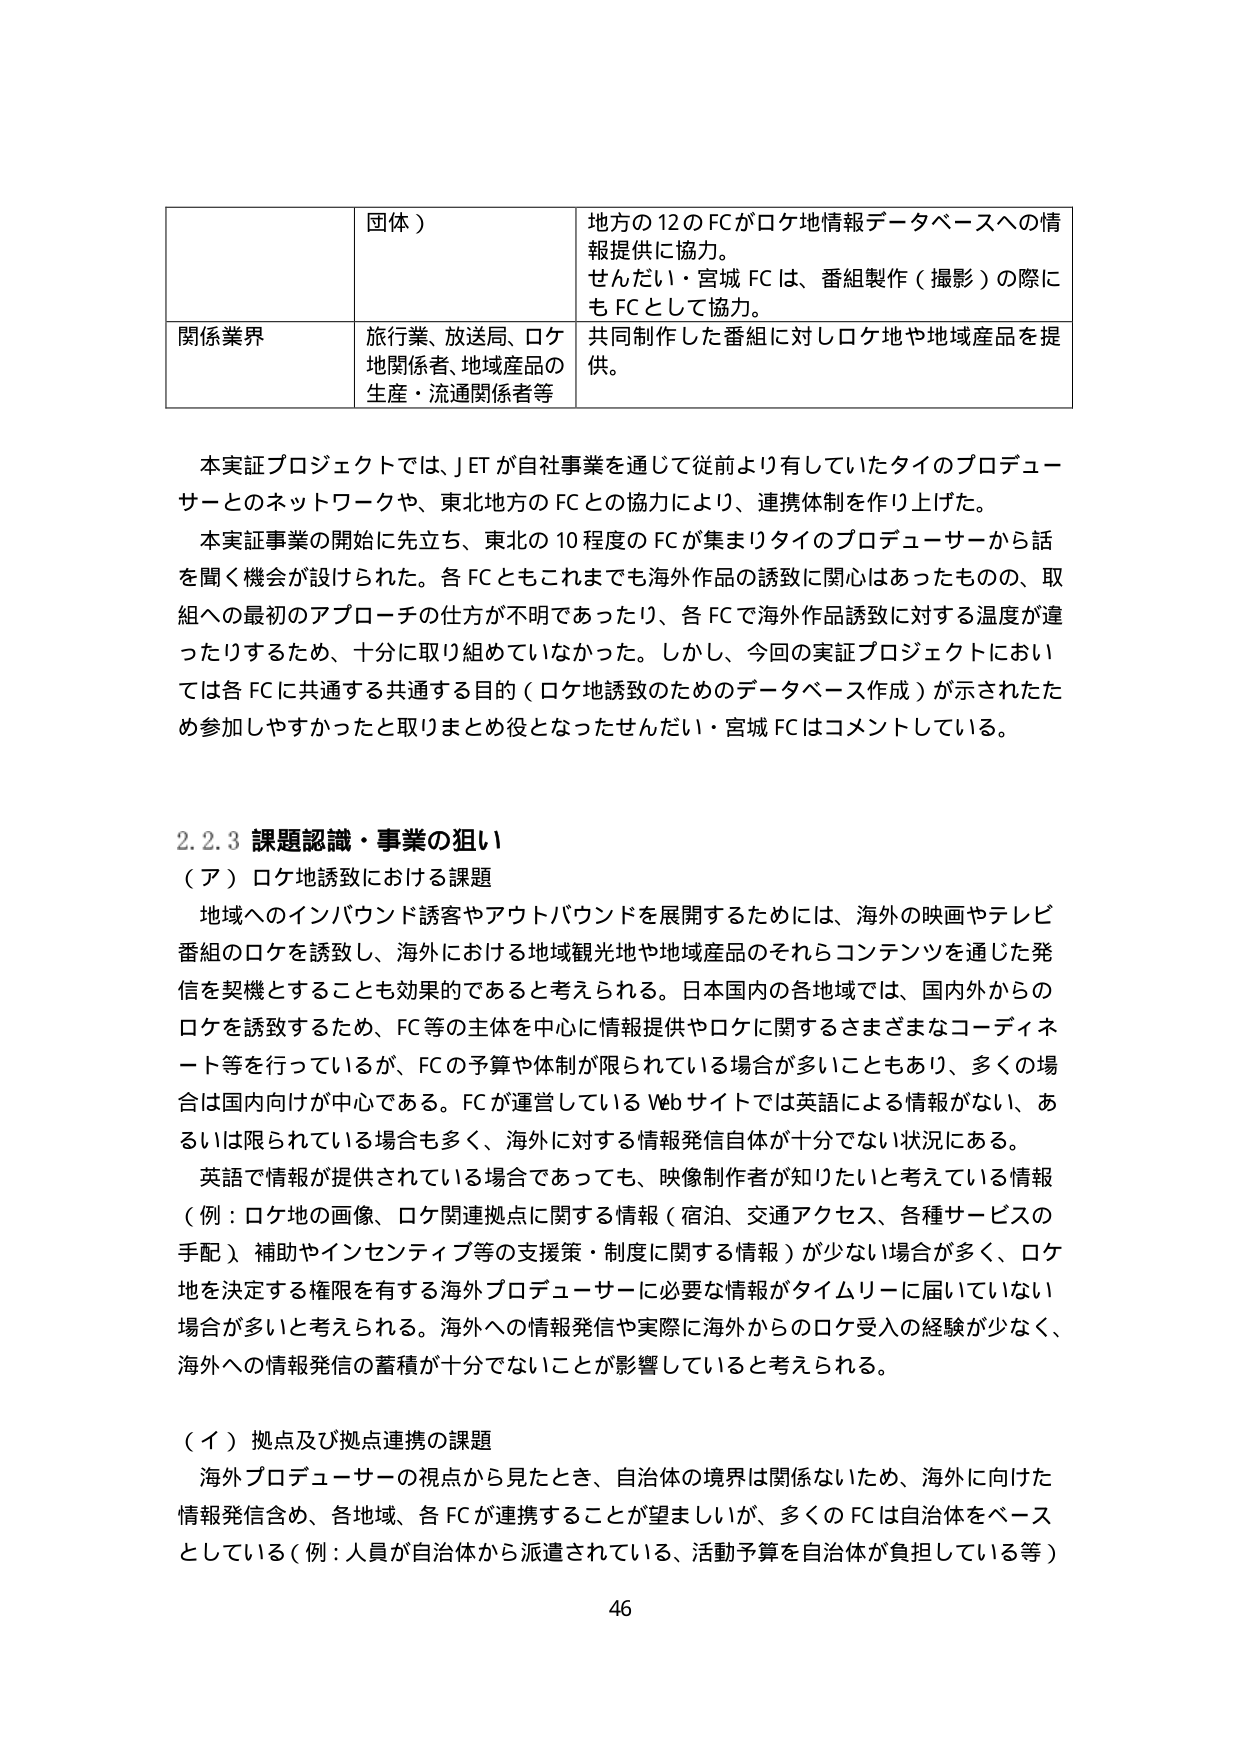
団体）

地方の12のFCがロケ地情報データベースへの情報提供に協力。
せんだい・宮城FCは、番組製作（撮影）の際にもFCとして協力。

関係業界
旅行業、放送局、ロケ地関係者、地域産品の生産・流通関係者等
共同制作した番組に対しロケ地や地域産品を提供。

本実証プロジェクトでは、JETが自社事業を通じて従前より有していたタイのプロデューサーとのネットワークや、東北地方のFCとの協力により、連携体制を作り上げた。
本実証事業の開始に先立ち、東北の10程度のFCが集まりタイのプロデューサーから話を聞く機会が設けられた。各FCともこれまでにも海外作品の誘致に関心はあったものの、取組への最初のアプローチの仕方が不明であったり、各FCで海外作品誘致に対する温度が違ったりするため、十分に取り組めていなかった。しかし、今回の実証プロジェクトにおいては各FCに共通する共通する目的（ロケ地誘致のためのデータベース作成）が示されたため参加しやすかったと取りまとめ役となったせんだい・宮城FCはコメントしている。

2.2.3 課題認識・事業の狙い
（ア）ロケ地誘致における課題
地域へのインバウンド誘客やアウトバウンドを展開するためには、海外の映画やテレビ番組のロケを誘致し、海外における地域観光地や地域産品のそれらコンテンツを通じた発信を契機とすることも効果的であると考えられる。日本国内の各地域では、国内外からのロケを誘致するため、FC等の主体を中心に情報提供やロケに関するさまざまなコーディネート等を行っているが、FCの予算や体制が限られている場合が多いこともあり、多くの場合は国内向けが中心である。FCが運営しているWebサイトでは英語による情報がない、あるいは限られている場合も多く、海外に対する情報発信自体が十分でない状況にある。
英語で情報が提供されている場合であっても、映像制作者が知りたいと考えている情報（例：ロケ地の画像、ロケ関連拠点に関する情報（宿泊、交通アクセス、各種サービスの手配）、補助やインセンティブ等の支援策・制度に関する情報）が少ない場合が多く、ロケ地を決定する権限を有する海外プロデューサーに必要な情報がタイムリーに届いていない場合が多いと考えられる。海外への情報発信や実際に海外からのロケ受入の経験が少なく、海外への情報発信の蓄積が十分でないことが影響していると考えられる。

（イ）拠点及び拠点連携の課題
海外プロデューサーの視点から見たとき、自治体の境界は関係ないため、海外に向けた情報発信含め、各地域、各FCが連携することが望ましいが、多くのFCは自治体をベースとしている（例：人員が自治体から派遣されている、活動予算を自治体が負担している等）

46